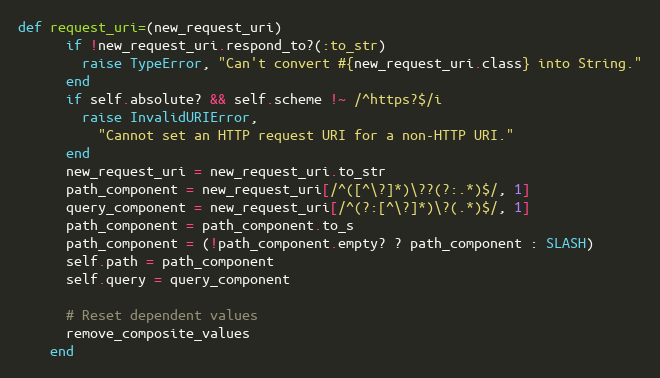
Language: Ruby
def request_uri=(new_request_uri)
      if !new_request_uri.respond_to?(:to_str)
        raise TypeError, "Can't convert #{new_request_uri.class} into String."
      end
      if self.absolute? && self.scheme !~ /^https?$/i
        raise InvalidURIError,
          "Cannot set an HTTP request URI for a non-HTTP URI."
      end
      new_request_uri = new_request_uri.to_str
      path_component = new_request_uri[/^([^\?]*)\??(?:.*)$/, 1]
      query_component = new_request_uri[/^(?:[^\?]*)\?(.*)$/, 1]
      path_component = path_component.to_s
      path_component = (!path_component.empty? ? path_component : SLASH)
      self.path = path_component
      self.query = query_component

      # Reset dependent values
      remove_composite_values
    end